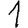
Digit: 1